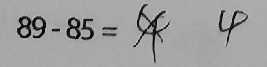
8 9 - 8 5 = 4